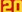
20